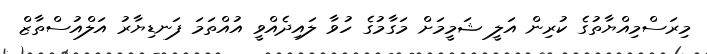
މިރަސްމިއްޔާތުގެ ކުރިން އަލީ ޝަމީމަށް މަގާމުގެ ހުވާ ލައިދެއްވީ އުއްތަމަ ފަނޑިޔާރު އަލްއުސްތާޒް